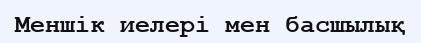
Меншік иелері мен басшылық